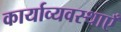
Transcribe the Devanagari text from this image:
कार्याव्यवस्थाएँ